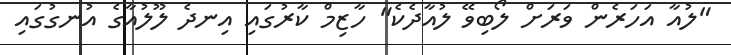
"ލުއާ އަހަރެން ވަރަށް ލޯބިވޭ ލުއާދެކެ" ހާޒިމް ކާރުގައި އިނދެ ލޫލުއާގެ އުނގުގައި